Studies on the mouth parts a Comparative anatomy of the proboscis in the blood-sucking muscidae - Number 60
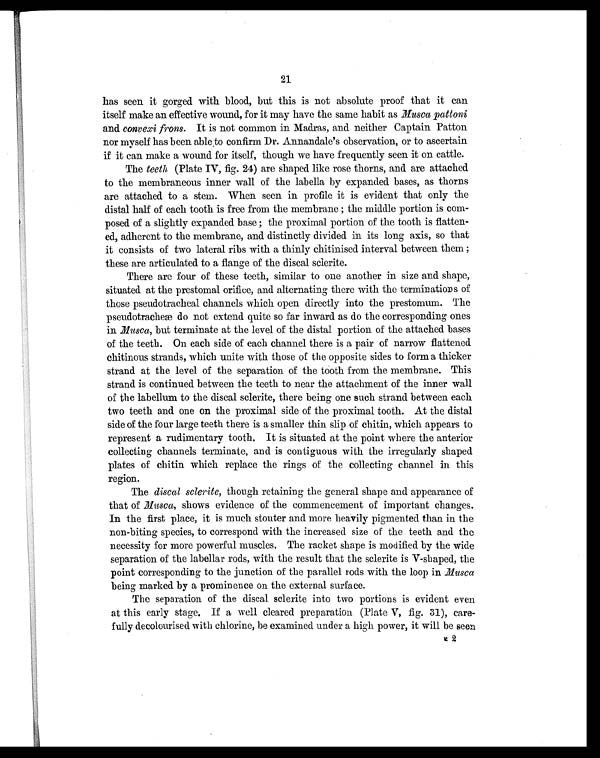
21
has seen it gorged with blood, but this is not absolute proof that it can
itself make an effective wound, for it may have the same habit as Musca pattoni
and convexi frons. It is not common in Madras, and neither Captain Patton
nor myself has been able to confirm Dr. Annandale's observation, or to ascertain
if it can make a wound for itself, though we have frequently seen it on cattle.
The teeth (Plate IV, fig. 24) are shaped like rose thorns, and are attached
to the membraneous inner wall of the labella by expanded bases, as thorns
are attached to a stem. When seen in profile it is evident that only the
distal half of each tooth is free from the membrane ; the middle portion is com-
posed of a slightly expanded base ; the proximal portion of the tooth is flatten-
ed, adherent to the membrane, and distinctly divided in its long axis, so that
it consists of two lateral ribs with a thinly chitinised interval between them ;
these are articulated to a flange of the discal sclerite.
There are four of these teeth, similar to one another in size and shape,
situated at the prestomal orifice, and alternating there with the terminations of
those pseudotracheal channels which open directly into the prestomum. The
pseudotracheæ do not extend quite so far inward as do the corresponding ones
in Musca, but terminate at the level of the distal portion of the attached bases
of the teeth. On each side of each channel there is a pair of narrow flattened
chitinous strands, which unite with those of the opposite sides to form a thicker
strand at the level of the separation of the tooth from the membrane. This
strand is continued between the teeth to near the attachment of the inner wall
of the labellum to the discal sclerite, there being one such strand between each
two teeth and one on the proximal side of the proximal tooth. At the distal
side of the four large teeth there is a smaller thin slip of chitin, which appears to
represent a rudimentary tooth. It is situated at the point where the anterior
collecting channels terminate, and is contiguous with the irregularly shaped
plates of chitin which replace the rings of the collecting channel in this
region.
The discal sclerite, though retaining the general shape and appearance of
that of Musca, shows evidence of the commencement of important changes.
In the first place, it is much stouter and more heavily pigmented than in the
non-biting species, to correspond with the increased size of the teeth and the
necessity for more powerful muscles. The racket shape is modified by the wide
separation of the labellar rods, with the result that the sclerite is V-shaped, the
point corresponding to the junction of the parallel rods with the loop in Musca
being marked by a prominence on the external surface.
The separation of the discal sclerite into two portions is evident even
at this early stage. If a well cleared preparation (Plate V, fig. 31), care-
fully decolourised with chlorine, be examined under a high power, it will be seen